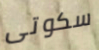
سكوتى